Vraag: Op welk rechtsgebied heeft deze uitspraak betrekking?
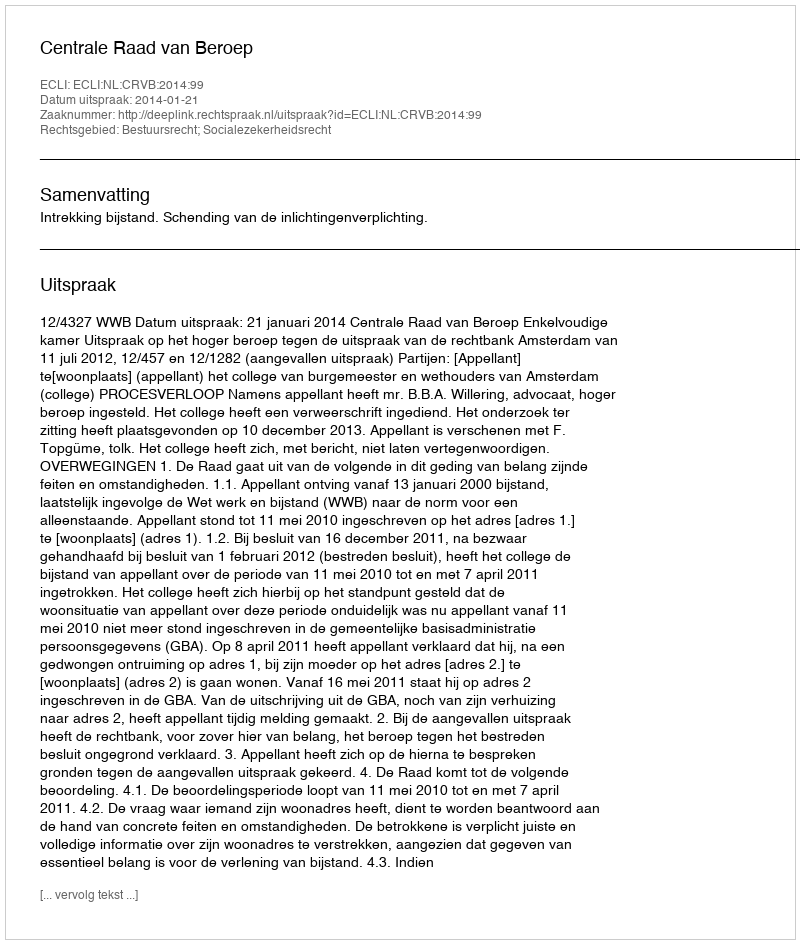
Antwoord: Bestuursrecht; Socialezekerheidsrecht